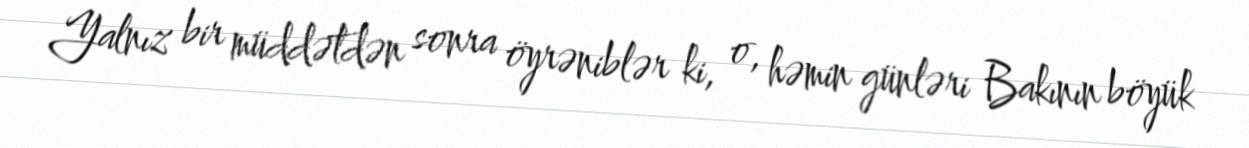
Yalnız bir müddətdən sonra öyrəniblər ki, o, həmin günləri Bakının böyük